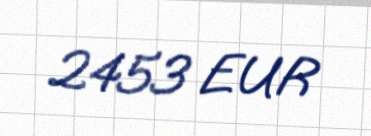
2453 EUR